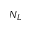
N _ { L }